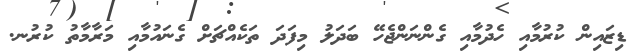
ޑިޒައިން ކުރުމާއި ހެދުމާއި ގެންނަންޖެހޭ ބަދަލު މިފަދަ ތަކެއްޗަށް ގެނައުމާއި މަރާމާތު ކުރުނ.